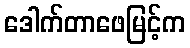
ဒေါက်တာဖေမြင့်က